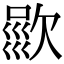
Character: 𣣦